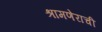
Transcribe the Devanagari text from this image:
श्रामणेराची